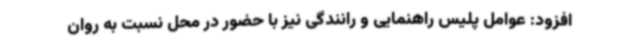
افزود: عوامل پلیس راهنمایی و رانندگی نیز با حضور در محل نسبت به روان